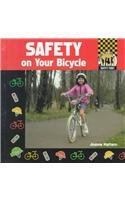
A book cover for Safety on Your Bicycle (Safety First); Joanne Mattern; Children's Books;